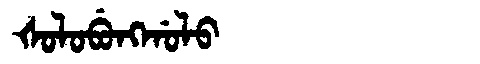
Manchu: ᡧᠣᠯᠣᠪᡠᠩᡤᠣᠯᠣ
Romanization: ŠOLOBUNGGOLO